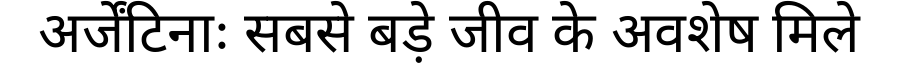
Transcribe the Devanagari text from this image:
अर्जेंटिनाः सबसे बड़े जीव के अवशेष मिले